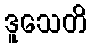
ဒူသေတိ